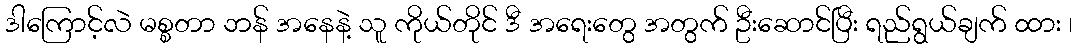
ဒါကြောင့်လဲ မစ္စတာ ဘန် အနေနဲ့ သူ ကိုယ်တိုင် ဒီ အရေးတွေ အတွက် ဦးဆောင်ပြီး ရည်ရွယ်ချက် ထား ၊